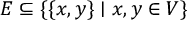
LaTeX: E \subseteq \{ \{ x , y \} \mid x , y \in V \}